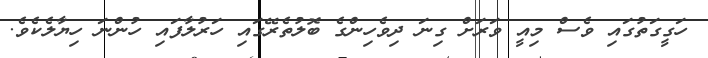
ހަގީގަތުގައި ވެސް މިއީ ވަރަށް ގިނަ ދިވެހިންގެ ބޮލުތެރޭގައި ހަރުލާފައި ހުންނަ ހިޔާލެކެވެ.